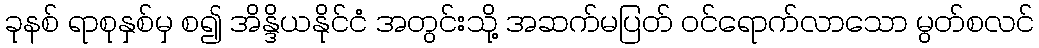
ခုနစ် ရာစုနှစ်မှ စ၍ အိန္ဒိယနိုင်ငံ အတွင်းသို့ အဆက်မပြတ် ဝင်ရောက်လာသော မွတ်စလင်